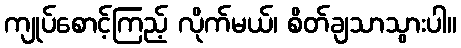
ကျုပ်စောင့်ကြည့် လိုက်မယ်၊ စိတ်ချသာသွားပါ။